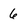
Character: 6